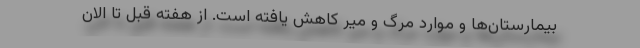
بیمارستان‌ها و موارد مرگ و میر کاهش یافته است. از هفته قبل تا الان